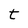
Character: t